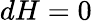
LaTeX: dH=0